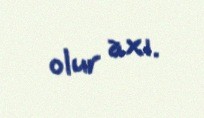
olur axı.